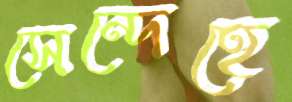
সেন্দেহে